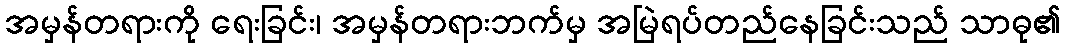
အမှန်တရားကို ရေးခြင်း၊ အမှန်တရားဘက်မှ အမြဲရပ်တည်နေခြင်းသည် သာဓု၏